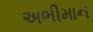
અભીમાન